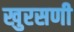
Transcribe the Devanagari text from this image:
खुरसणी